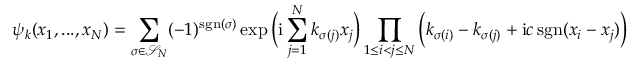
\psi _ { k } ( x _ { 1 } , . . . , x _ { N } ) = \sum _ { \sigma \in \mathcal { S } _ { N } } ( - 1 ) ^ { \mathrm { s g n } ( \sigma ) } \exp \Big ( \mathrm { i } \sum _ { j = 1 } ^ { N } k _ { \sigma ( j ) } x _ { j } \Big ) \prod _ { 1 \leq i < j \leq N } \Big ( k _ { \sigma ( i ) } - k _ { \sigma ( j ) } + \mathrm { i } c \, \mathrm { s g n } ( x _ { i } - x _ { j } ) \Big )